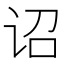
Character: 诏